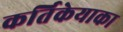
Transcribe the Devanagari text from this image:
कर्तिकेयाका